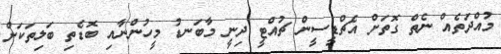
މުއްދަތެއް ނެތް ގޮތަށް އެޗްޑީސީން ޗުއްޓީ ދިނީ މާބަނޑު މީހުންނާއި ބޮޑެތި ބަލިތަކަށް